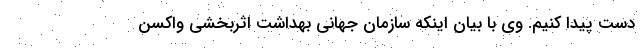
دست پیدا کنیم. وی با بیان اینکه سازمان جهانی بهداشت اثربخشی واکسن